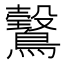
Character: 𱈿